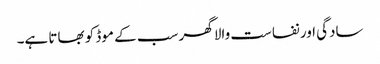
سادگی اور نفاست والا گھر سب کے موڈ کو بھاتا ہے۔